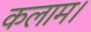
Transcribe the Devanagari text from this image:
कलाम।